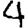
Digit: 4